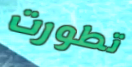
تطورت